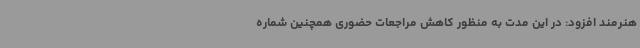
هنرمند افزود: در این مدت به منظور کاهش مراجعات حضوری همچنین شماره